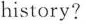
history?